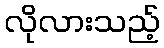
လိုလားသည့်